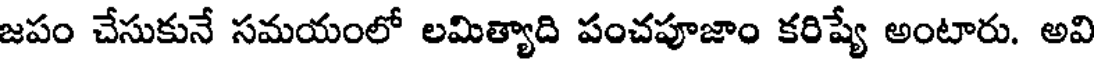
జపం చేసుకునే సమయంలో లమిత్యాది పంచపూజాం కరిష్యే అంటారు. అవి